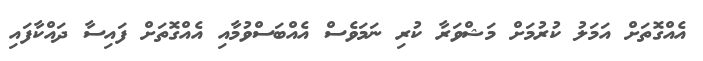
އެއްގޮތަށް އަމަލު ކުރުމަށް މަޝްވަރާ ކުރި ނަމަވެސް އެއްބަސްވުމާއި އެއްގޮތަށް ފައިސާ ދައްކާފައި